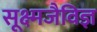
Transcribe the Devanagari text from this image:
सूक्ष्मजैविज्ञ